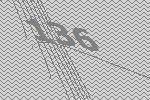
136